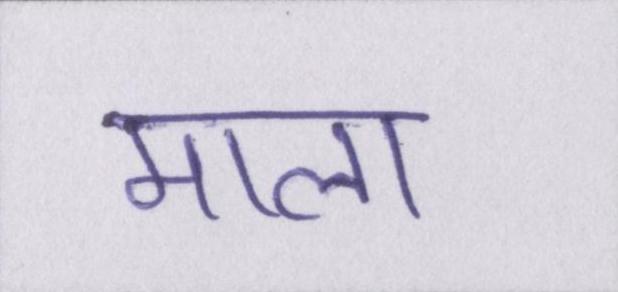
माला